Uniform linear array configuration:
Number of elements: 16
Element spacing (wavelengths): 0.5
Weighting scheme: uniform
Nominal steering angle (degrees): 0
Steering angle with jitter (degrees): -0.316
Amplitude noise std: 0.05
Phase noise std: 0.05

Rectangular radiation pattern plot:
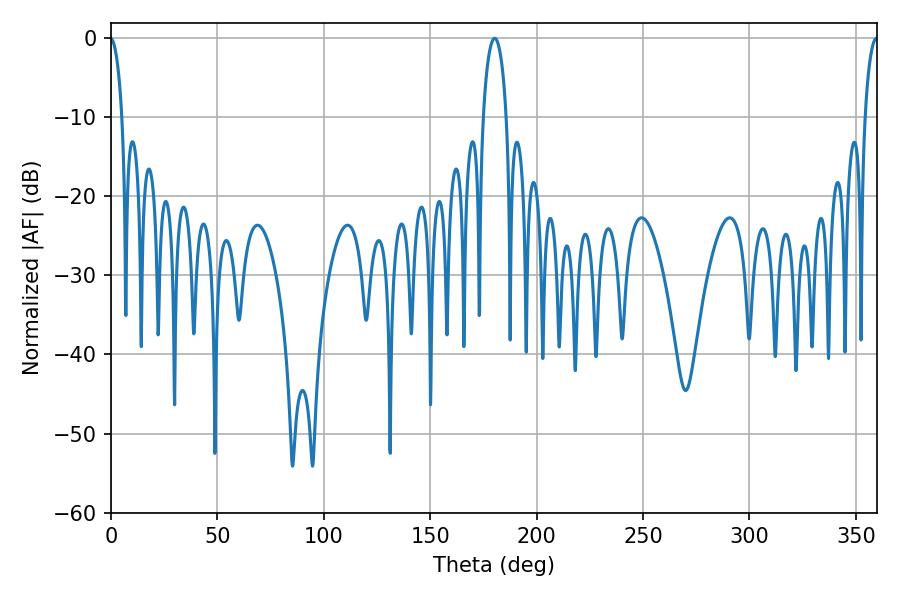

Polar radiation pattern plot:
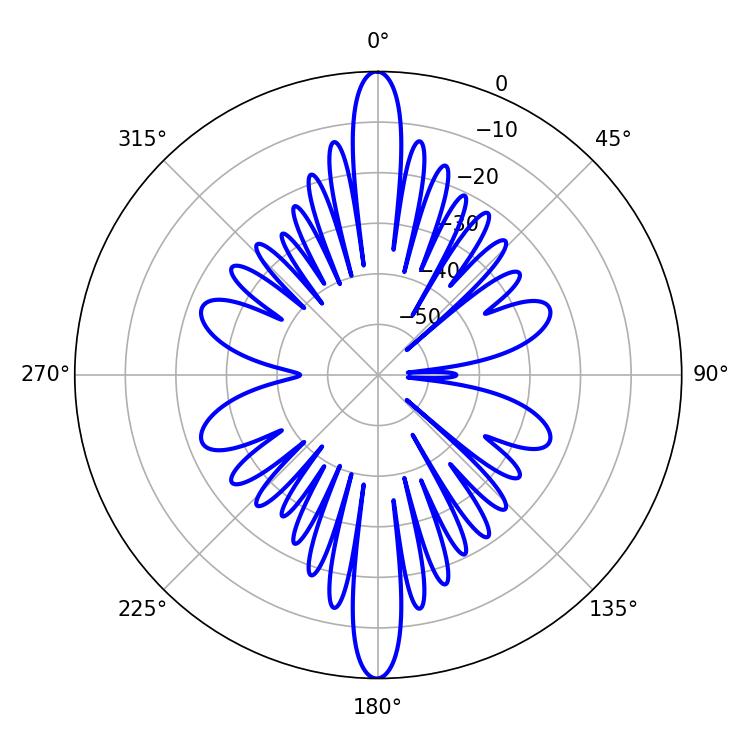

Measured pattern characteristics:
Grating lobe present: FALSE
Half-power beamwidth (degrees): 6.3
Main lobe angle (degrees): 180.36